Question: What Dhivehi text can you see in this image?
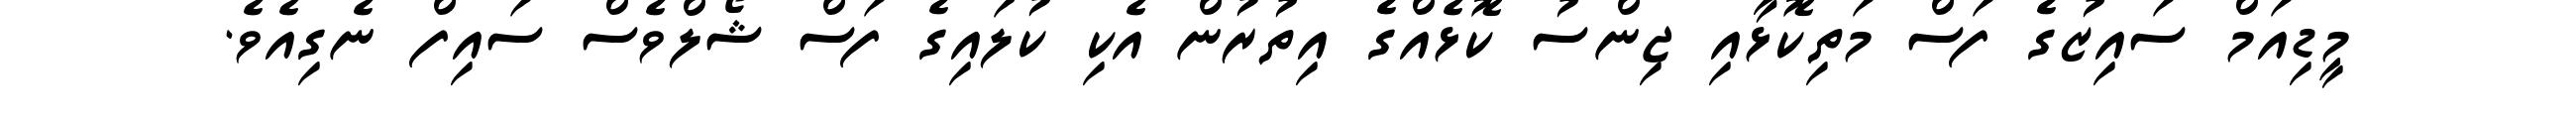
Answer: މީޑިއަމް ސައިޒުގެ ފަސް މަތިކޮޅާއި ޖިންސު ކޮޅެއްގެ އިތުރުން އެކި ކުލައިގެ ފަސް ޝޯލްވެސް ސައިފް ނެގިއެވެ.